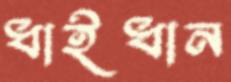
ধাইধান